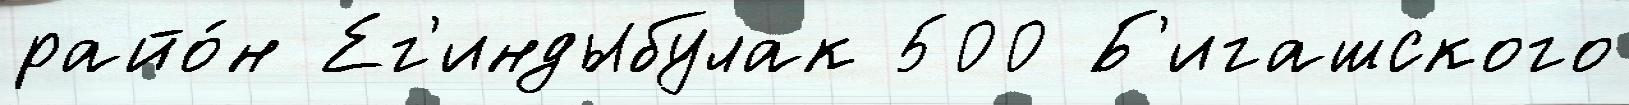
райо́н Ег'индыбулак 500 Б'игашского